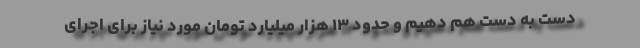
دست به دست هم دهیم و حدود ۱۳ هزار میلیارد تومان مورد نیاز برای اجرای